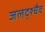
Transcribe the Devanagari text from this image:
जलद्श्चैव